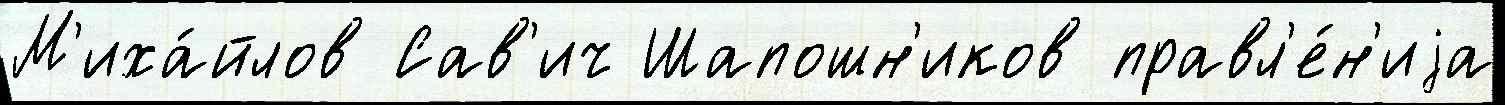
М'иха́йлов Сав'ич Шапошн'иков правл'е́н'иjа